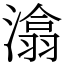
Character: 潝